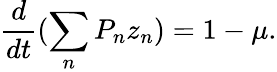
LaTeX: \frac{d}{dt}(\sum_{n}P_{n}z_{n})=1-\mu.